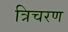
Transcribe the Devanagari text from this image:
त्रिचरण